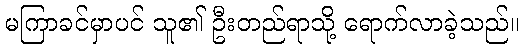
မကြာခင်မှာပင် သူ၏ ဦးတည်ရာသို့ ရောက်လာခဲ့သည်။